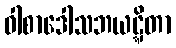
ဝါစာဒေါသဘယဋ္ဋိတာ